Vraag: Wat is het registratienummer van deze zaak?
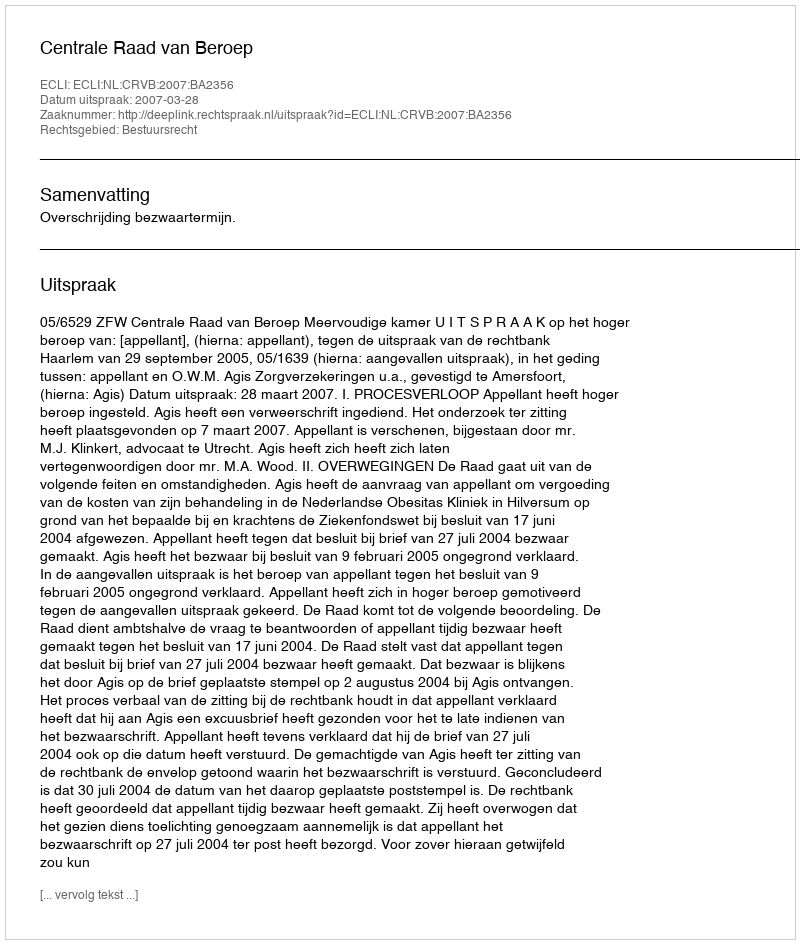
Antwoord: http://deeplink.rechtspraak.nl/uitspraak?id=ECLI:NL:CRVB:2007:BA2356